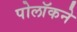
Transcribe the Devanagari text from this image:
पोलॉकने